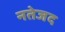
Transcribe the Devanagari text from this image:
नतेजद